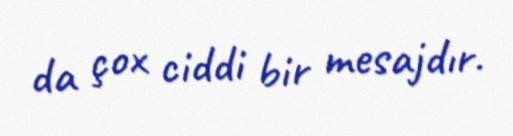
da çox ciddi bir mesajdır.